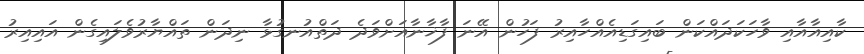
ކާއިއާއާއި ވާހަކަދައްކަން ބައިގަޑިއެއްހާއިރު ފަހުން އޭނަ ފާޚާނާއަށްވަދެ ދަތްއުނގުޅާ ނިދަން ތައްޔާރުވެލައިގެން އައިއިރު